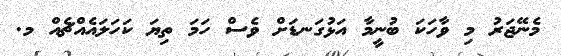
މެނޭޖަރު މި ވާހަކަ ބުނީމާ އަޅުގަނޑަށް ވެސް ހަމަ ތިޔަ ކަހަލައެއްޗެއް މ.